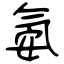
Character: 氨